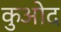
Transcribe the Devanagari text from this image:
कुओद